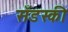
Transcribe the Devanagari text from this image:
सँडस्की